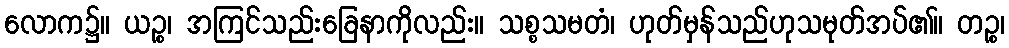
လောက၌။ ယဉ္စ၊ အကြင်သည်းခြေနာကိုလည်း။ သစ္စသမတံ၊ ဟုတ်မှန်သည်ဟုသမုတ်အပ်၏။ တဉ္စ၊